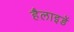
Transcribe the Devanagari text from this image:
हैलाइडें